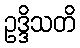
ဥဒ္ဒိသတိ